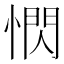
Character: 𪬖